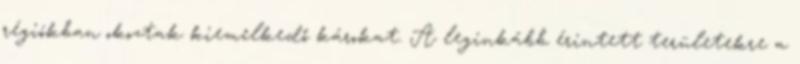
régiókban okoztak kiemelkedő károkat. A leginkább érintett területekre a